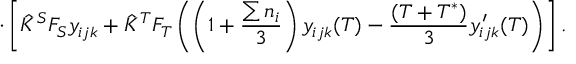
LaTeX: \cdot \left[ \hat { K } ^ { S } F _ { S } y _ { i j k } + \hat { K } ^ { T } F _ { T } \left( \left( 1 + \frac { \sum n _ { i } } { 3 } \right) y _ { i j k } ( T ) - \frac { ( T + T ^ { * } ) } { 3 } y _ { i j k } ^ { \prime } ( T ) \right) \right] .